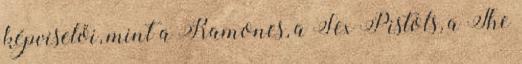
képviselői, mint a Ramones, a Sex Pistols, a The